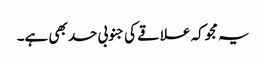
یہ مجوکہ علاقے کی جنوبی حد بھی ہے۔